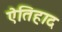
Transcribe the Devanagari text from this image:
ऐतिहाद